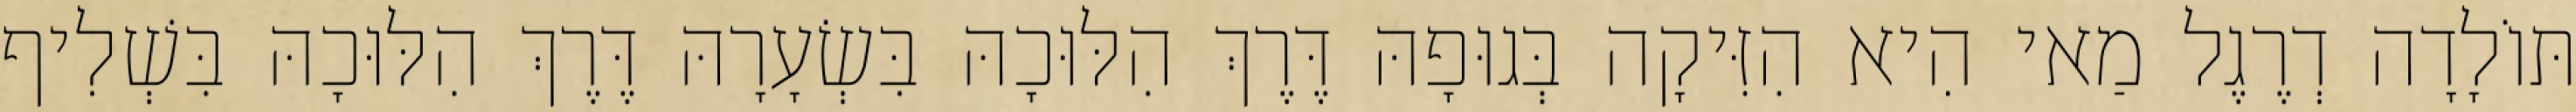
תּוֹלָדָה דְרֶגֶל מַאי הִיא הִזִּיקָה בְּגוּפָהּ דֶּרֶךְ הִלּוּכָהּ בִּשְׂעָרָהּ דֶּרֶךְ הִלּוּכָהּ בִּשְׁלִיף